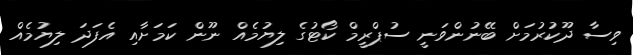
ވިސާ ދޫކުރުމަށް ބޭނުންވަނީ ސުޕްރީމް ކޯޓުގެ ލިޔުމެއް ނޫން ކަމަށާއި އެފަދަ ލިޔުމެއް